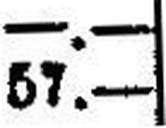
57.—